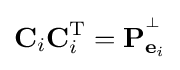
\mathbf {C} _{i}\mathbf {C} _{i}^{\textrm {T}}=\mathbf {P} _{\mathbf {e} _{i}}^{^{\perp }}